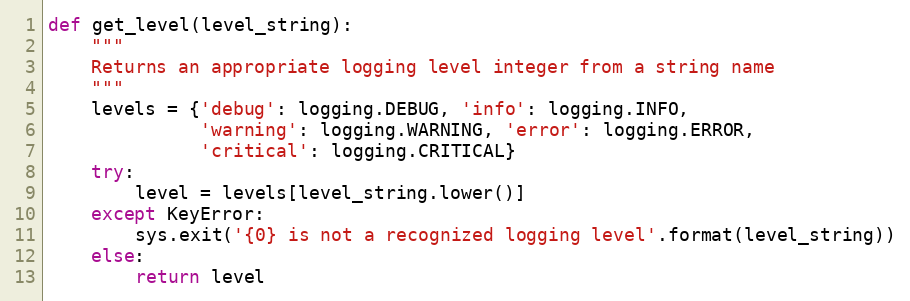
Language: Python
def get_level(level_string):
    """
    Returns an appropriate logging level integer from a string name
    """
    levels = {'debug': logging.DEBUG, 'info': logging.INFO,
              'warning': logging.WARNING, 'error': logging.ERROR,
              'critical': logging.CRITICAL}
    try:
        level = levels[level_string.lower()]
    except KeyError:
        sys.exit('{0} is not a recognized logging level'.format(level_string))
    else:
        return level